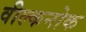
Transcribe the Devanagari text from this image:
वील्कनोक